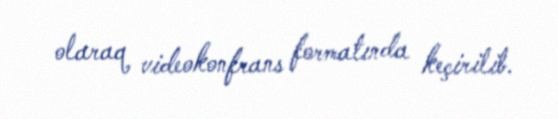
olaraq videokonfrans formatında keçirilib.